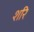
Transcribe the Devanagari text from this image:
शरि